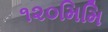
૧૨૦મિમિ